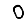
Digit: 0